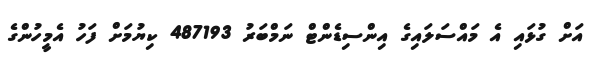
އަށް ގުޅައި އެ މައްސަލައިގެ އިންސިޑެންޓް ނަމްބަރު 487193 ކިޔުމަށް ފަހު އެމީހުންގެ